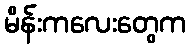
မိန်းကလေးတွေက